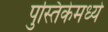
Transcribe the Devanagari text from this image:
पुस्तिकेमध्ये